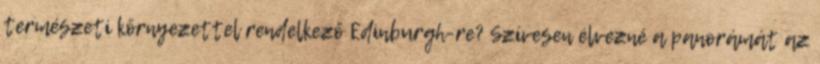
természeti környezettel rendelkező Edinburgh-re? Szívesen élvezné a panorámát az